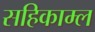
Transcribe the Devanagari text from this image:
सहिकाम्ल